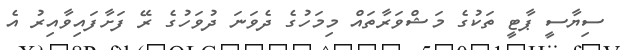
ސިޔާސީ ޕާޓީ ތަކުގެ މަޝްވަރާތައް މިމަހުގެ ދެވަނަ ދުވަހުގެ ރޭ ފަށާފައިވާއިރު އެ